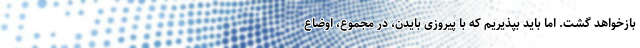
بازخواهد گشت. اما باید بپذیریم که با پیروزی بایدن، در مجموع، اوضاع